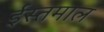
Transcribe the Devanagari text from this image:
ईस्तमाल